Report of the Hyderabad Chloroform Commission
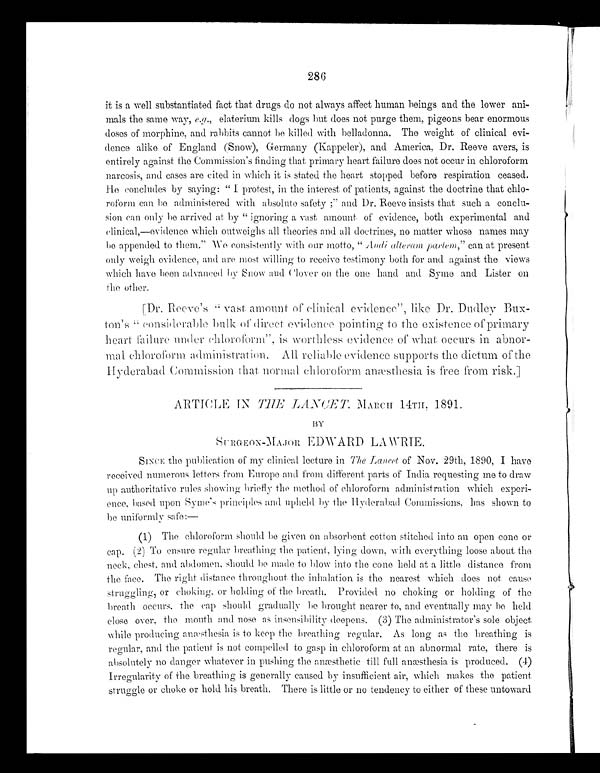
286
it is a well substantiated fact that drugs do not always affect human beings and the lower ani-
mals the same way, e.g., elaterium kills dogs but does not purge them, pigeons bear enormous
doses of morphine, and rabbits cannot be killed with belladonna. The weight of clinical evi-
dence alike of England (Snow), Germany (Kappeler), and America, Dr. Reeve avers, is
entirely against, the Commission's finding that primary heart failure does not occur in chloroform
narcosis, and cases are cited in which it is stated the heart stopped before respiration ceased.
He concludes by saying: "I protest, in the interest of patients, against the doctrine that chlo-
roform can be administered with absolute safety;" and Dr. Reeve insists that such a conclu-
sion can only be arrived at by "ignoring a vast amount of evidence, both experimental and
clinical,—evidence which outweighs all theories and all doctrines, no matter whose names may
be appended to them." We consistently with our motto, " Audi alteram partem," can at present
only weigh evidence, and are most willing to receive testimony both for and against the views
which have been advance by Snow and Clover on the one hand and Syme and Lister on
the other.
[Dr. Reeve's "vast amount of clinical evidence", like Dr. Dudley Bux-
ton's "considerable bulk of direct evidence pointing to the existence of primary
heart failure under chloroform", is worthless evidence of what occurs in abnor-
mal chloroform administration. All reliable evidence supports the dictum of the
Hyderabad Commission that normal chloroform anæsthesia is free from risk.]
ARTICLE IN THE LANCET. MARCH 14TH, 1891.
BY
S U R G E O N - M A J O R E D W A R D L A W R I E .
SINCE the publication of my clinical lecture in The Lancet of Nov. 29th, 1890, I have
received numerous letters from Europe and from different parts of India requesting me to draw
up authoritative rules showing briefly the method of chloroform administration which experi-
ence, based upon Syme's principles and upheld by the Hyderabad Commissions, has shown to
be uniformly safe:
—
(1) The chloroform should be given on absorbent cotton stitched into an open cone or
cap. (2) To ensure regular breathing th e patient, lying down, with everything loose about the
neck, chest, and abdomen, should be made to blow into the cone held at a little distance from
the face. The right distance throughout the inhalation is the nearest which does not cause
st ruggling, or choking,o r h o l d i n g o f t h e b r e a t h . P r o v i d e d n o c h o k i n g o r h o l d i n g o f t h e
breath occurs, the cap should gradually be brought nearer to, and eventually may be held
close o v e r , t h e mo u t h a n dn o s e a s i n s e n s i b i l i t y d e e p e n s . ( 3 ) T h e a d m i n i s t r a t o r ' s s o l e o b j e c t
while producing anæsthesia is to keep the breathing regular. As long as the breathing is
regular, and the patient is not compelled to gasp in chloroform at an abnormal rate, there is
absolutely no danger whatever in pushing the anæsthetic till full anæsthesia, is produced. (4)
Irregularity of the breathing is generally caused by insufficient air, which makes the patient
struggle or choke or hold his breath. There is little or no tendency to either of these untoward